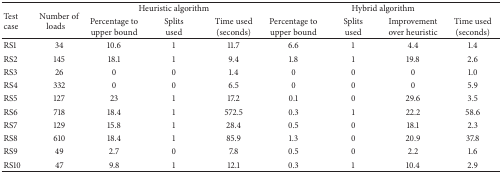
| <ROWSPAN=2> Test case | <ROWSPAN=2> Number of loads | <COLSPAN=3> Heuristic algorithm | <COLSPAN=4> Hybrid algorithm |
 | Percentage to upper bound | Splits used | Time used (seconds) | Percentage to upper bound | Splits used | Improvement over heuristic | Time used (seconds) |
 | --- | --- | --- | --- | --- | --- | --- | --- | --- |
 | RS1 | 34 | 10.6 | 1 | 11.7 | 6.6 | 1 | 4.4 | 1.4 |
 | RS2 | 145 | 18.1 | 1 | 9.4 | 1.8 | 1 | 19.8 | 2.6 |
 | RS3 | 26 | 0 | 0 | 1.4 | 0 | 0 | 0 | 1.0 |
 | RS4 | 332 | 0 | 0 | 6.5 | 0 | 0 | 0 | 5.9 |
 | RS5 | 127 | 23 | 1 | 17.2 | 0.1 | 0 | 29.6 | 3.5 |
 | RS6 | 718 | 18.4 | 1 | 572.5 | 0.3 | 1 | 22.2 | 58.6 |
 | RS7 | 129 | 15.8 | 1 | 28.4 | 0.5 | 0 | 18.1 | 2.3 |
 | RS8 | 610 | 18.4 | 1 | 85.9 | 1.3 | 0 | 20.9 | 37.8 |
 | RS9 | 49 | 2.7 | 0 | 7.8 | 0.5 | 0 | 2.2 | 1.6 |
 | RS10 | 47 | 9.8 | 1 | 12.1 | 0.3 | 1 | 10.4 | 2.9 |